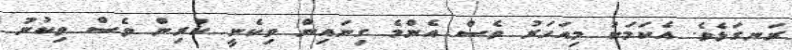
ރަނގަޅެވެ. އެކަމަކު މިއަހަރު ވެސް އެންމެ ގިނައިން ވިކެނީ ކުރިން ވެސް ވިކުނު